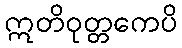
ဣတိဝုတ္တကေပိ